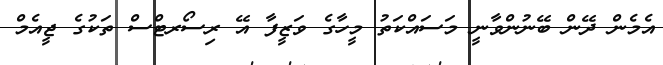
އެމެން ދޭން ބޭނުންވާނީ މަސައްކަތު މީހާގެ ވަޒީފާ އޭ ރިސޯރޓްސް ތަކުގެ ޖީއެމް